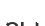
сы